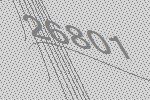
26801